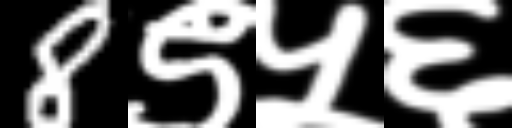
Text: 8९५६